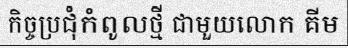
កិច្ចប្រជុំកំពូលថ្មី ជាមួយលោក គីម